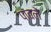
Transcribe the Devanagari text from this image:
पावलें